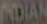
ADIAN